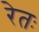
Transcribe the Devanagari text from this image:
रेतः